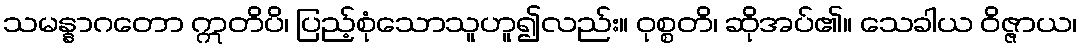
သမန္နာဂတော ဣတိပိ၊ ပြည့်စုံသောသူဟူ၍လည်း။ ဝုစ္စတိ၊ ဆိုအပ်၏။ သေခါယ ဝိဇ္ဇာယ၊